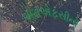
એમએફસીનો